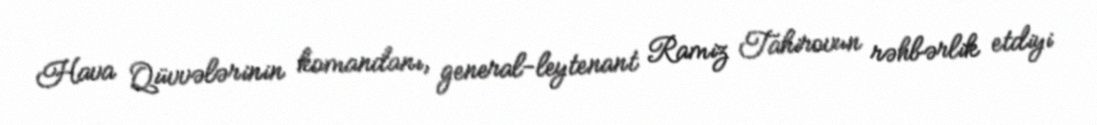
Hava Qüvvələrinin komandanı, general-leytenant Ramiz Tahirovun rəhbərlik etdiyi